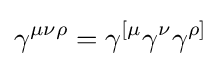
\gamma ^{\mu \nu \rho }=\gamma ^{[\mu }\gamma ^{\nu }\gamma ^{\rho ]}